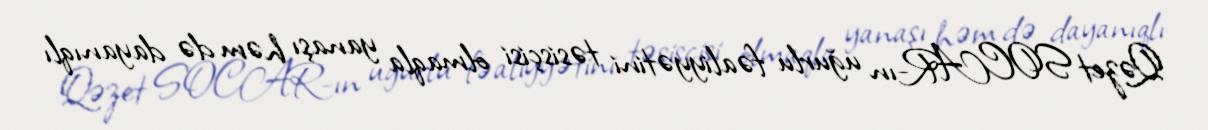
Qəzet SOCAR-ın uğurlu fəaliyyətini təsisçisi olmaqla yanaşı həm də dayanıqlı